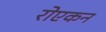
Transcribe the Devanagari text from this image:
रोएकन